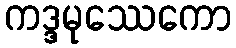
ကဒ္ဒမုဿေကော